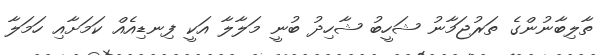
ތާލިބާނުންގެ ތަރުޖަމާނު ޝަހީބު ޝާހިދު ބުނީ މަލާލާ އަކީ ފިނޑިއެއް ކަމަށާއި ހަމަލާ